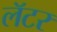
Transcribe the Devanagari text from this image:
लॅटर